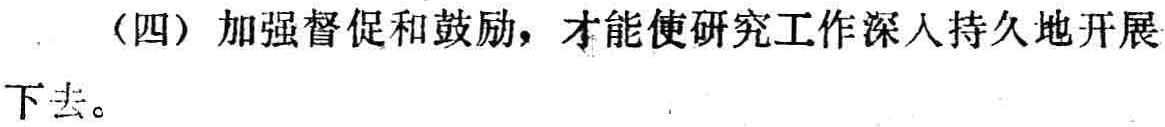
（四）加强督促和鼓励，才能使研究工作深入持久地开展下去。